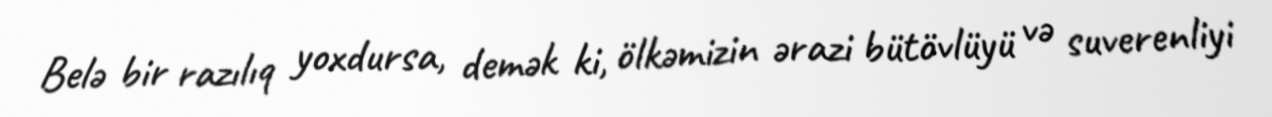
Belə bir razılıq yoxdursa, demək ki, ölkəmizin ərazi bütövlüyü və suverenliyi